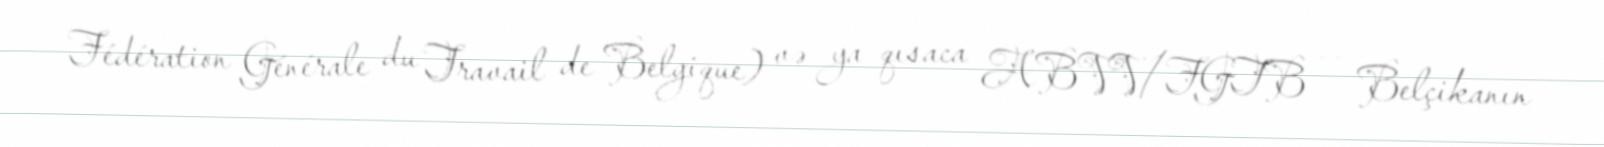
Fédération Générale du Travail de Belgique) və ya qısaca ABVV/FGTB — Belçikanın